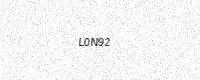
Text: L0N92